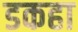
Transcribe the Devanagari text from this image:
डकहा